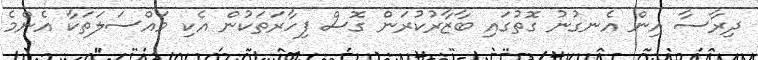
ދިރާސާ އިން އެނގުނު ގޮތުގައި ބާޒާރުކުރަން ގޮސް ފިހާރަތަކުން އެކި މައްސަލަތަކާ އެންމެ